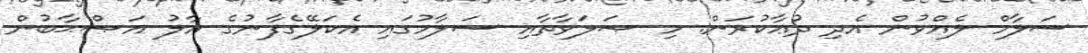
ސަލާމް ލެއްވުން އެދި ދުޢާކުރަން. މި ޞަލަވާތާއި ސަލާމުގައި އެކަލޭގެފާނުގެ އާލު އަޞްޙާބުން